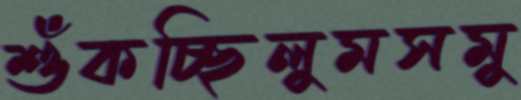
শুঁকচ্ছিলুমসমু